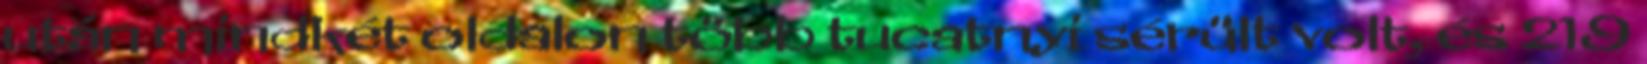
után mindkét oldalon több tucatnyi sérült volt, és 219